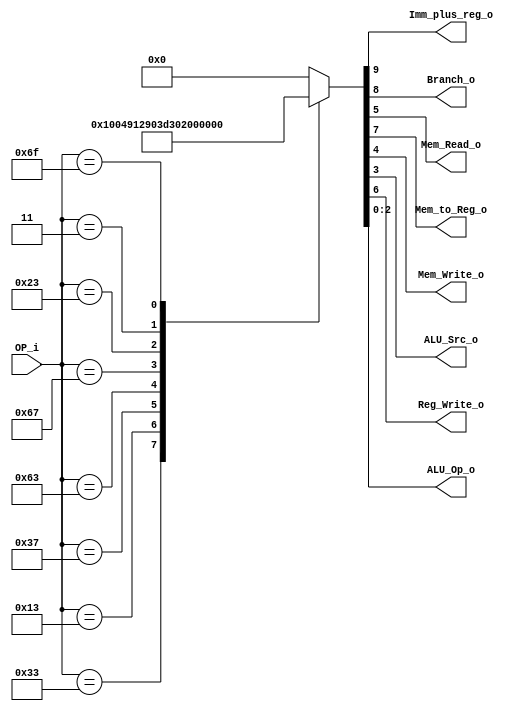
/******************************************************************
* Description
*	This is control unit for the RISC-V Microprocessor. The control unit is 
*	in charge of generation of the control signals. Its only input 
*	corresponds to opcode from the instruction bus.
*	1.0
* Author:
*	Dr. Jos Luis Pizano Escalante
* email:
*	luispizano@iteso.mx
* Date:
*	16/08/2021
******************************************************************/
module Control
(
	input [6:0]OP_i,
	
	output Imm_plus_reg_o,
	output Branch_o,
	output Mem_Read_o,
	output Mem_to_Reg_o,
	output Mem_Write_o,
	output ALU_Src_o,
	output Reg_Write_o,
	output [2:0]ALU_Op_o
);


localparam R_Type				= 7'h33;
localparam I_Type_LOGIC		= 7'h13;
localparam I_Type_JUMP		= 7'h67;
localparam U_Type				= 7'h37;
localparam B_Type				= 7'h63;
localparam S_Type				= 7'h23;
localparam I_Type_LOAD		= 7'h03;
localparam J_Type				= 7'h6F;



reg [9:0] control_values;

always@(OP_i) begin
	case(OP_i)//                           9_876_54_3_210
		R_Type:			control_values = 10'b0_001_00_0_000;
		I_Type_LOGIC:	control_values = 10'b0_001_00_1_001;
		U_Type:			control_values = 10'b0_001_00_1_010;
		B_Type:			control_values = 10'b0_100_00_0_011;
		I_Type_JUMP:	control_values = 10'b1_101_00_1_100;
		S_Type:			control_values = 10'b0_000_01_1_101;
		I_Type_LOAD:	control_values = 10'b0_011_10_1_110;
		J_Type:			control_values = 10'b0_101_00_1_111;
		
		


		default:
			control_values= 9'b000_00_000;
		endcase
end	

assign Imm_plus_reg_o = control_values[9];

assign Branch_o = control_values[8];

assign Mem_to_Reg_o = control_values[7];

assign Reg_Write_o = control_values[6];

assign Mem_Read_o = control_values[5];

assign Mem_Write_o = control_values[4];

assign ALU_Src_o = control_values[3];

assign ALU_Op_o = control_values[2:0];	

endmodule